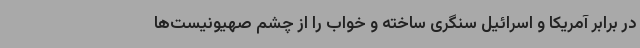
در برابر آمریکا و اسرائیل سنگری ساخته و خواب را از چشم صهیونیست‌ها